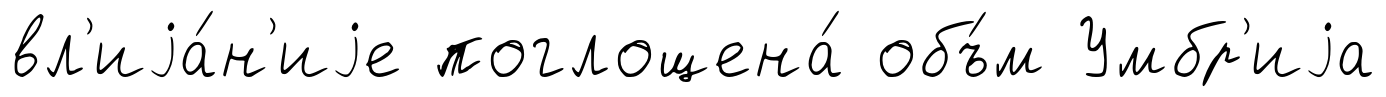
вл'иjа́н'иjе поглощена́ объ́м Умбр'иjа